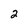
Character: 2